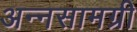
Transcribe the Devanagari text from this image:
अन्नसामग्री